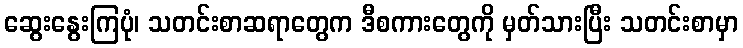
ဆွေးနွေးကြပုံ၊ သတင်းစာဆရာတွေက ဒီစကားတွေကို မှတ်သားပြီး သတင်းစာမှာ